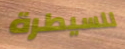
للسيطرة